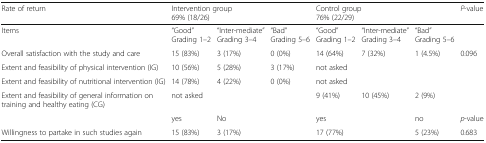
| Rate of return | <COLSPAN=3> Intervention group69% (18/26) | <COLSPAN=3> Control group76% (22/29) | P-value |
 | --- | --- | --- | --- | --- | --- | --- | --- |
 | Items | “Good”Grading 1–2 | “Inter-mediate”Grading 3–4 | “Bad”Grading 5–6 | “Good”Grading 1–2 | “Inter-mediate”Grading 3–4 | “Bad”Grading 5–6 |  |
 | Overall satisfaction with the study and care | 15 (83%) | 3 (17%) | 0 (0%) | 14 (64%) | 7 (32%) | 1 (4.5%) | 0.096 |
 | Extent and feasibility of physical intervention (IG) | 10 (56%) | 5 (28%) | 3 (17%) | <COLSPAN=3> not asked |  |
 | Extent and feasibility of nutritional intervention (IG) | 14 (78%) | 4 (22%) | 0 (0%) | <COLSPAN=3> not asked |  |
 | Extent and feasibility of general information on training and healthy eating (CG) | <COLSPAN=3> not asked | 9 (41%) | 10 (45%) | 2 (9%) |  |
 |  | yes | <COLSPAN=2> No | <COLSPAN=2> yes | no | p-value |
 | Willingness to partake in such studies again | 15 (83%) | <COLSPAN=2> 3 (17%) | <COLSPAN=2> 17 (77%) | 5 (23%) | 0.683 |